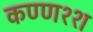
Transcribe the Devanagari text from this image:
कण्णश्श